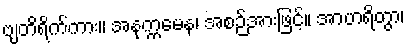
ဗျတိရိက်ကား။ အနုက္ကမေန၊ အစဉ်အားဖြင့်။ အာဟရိတွာ၊